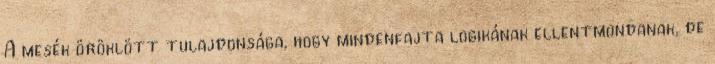
A mesék öröklött tulajdonsága, hogy mindenfajta logikának ellentmondanak, de